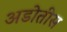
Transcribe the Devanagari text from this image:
अडोतीस